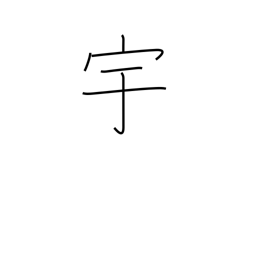
Meaning: house